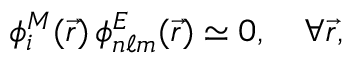
\phi _ { i } ^ { M } ( \vec { r } ) \, \phi _ { n \ell m } ^ { E } ( \vec { r } ) \simeq 0 , \quad \forall \vec { r } ,